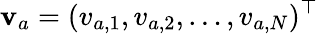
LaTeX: \textbf{v}_{a}=(v_{a,1},v_{a,2},\ldots,v_{a,N})^{\top}